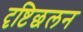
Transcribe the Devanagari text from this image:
दृष्टिछलन